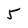
Character: 5